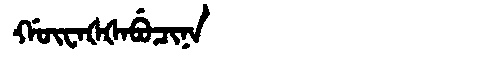
Manchu: ᡤᡡᠸᠠᡧᡧᠠᠪᡠᠴᡳᠨᠠ
Romanization: GŪWAŠŠABUCINA